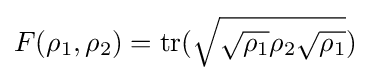
F(\rho _{1},\rho _{2})={\mbox{tr}}({\sqrt {{\sqrt {\rho _{1}}}\rho _{2}{\sqrt {\rho _{1}}}}})